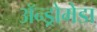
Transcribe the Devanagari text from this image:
अॅन्ड्रोमेडा